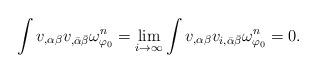
LaTeX: \begin{align*}\int v_{,\alpha \beta} v_{, \bar{\alpha} \bar{\beta}} \omega_{\varphi_0}^n = \lim_{i \rightarrow \infty} \int v_{,\alpha \beta} v_{i, \bar{\alpha} \bar{\beta}} \omega_{\varphi_0}^n = 0.\end{align*}